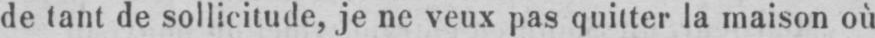
de tant de sollicitude, je ne veux pas quitter la maison où